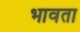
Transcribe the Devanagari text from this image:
भावता